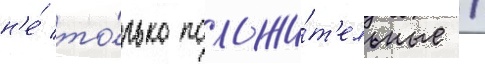
н'е́ то́лько положи́т'ельные /